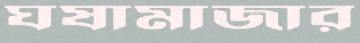
ঘষামাজার